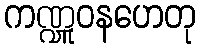
ကဏ္ဍူဝနဟေတု